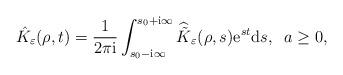
LaTeX: \begin{align*}\hat{K}_{\varepsilon }(\rho ,t)=\frac{1}{2\pi \mathrm{i}}\int_{s_{0}-\mathrm{i}\infty }^{s_{0}+\mathrm{i}\infty }\widehat{\tilde{K}}_{\varepsilon }(\rho,s)\mathrm{e}^{st}\mathrm{d}s,\;\;a\geq 0, \end{align*}